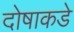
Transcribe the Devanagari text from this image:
दोषाकडे